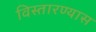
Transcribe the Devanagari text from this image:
विस्तारण्यास